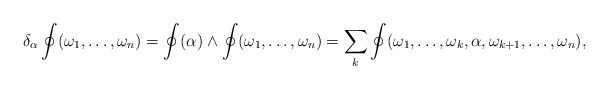
\begin{align*}\delta_\alpha\oint(\omega_1,\ldots,\omega_n) = \oint(\alpha)\wedge\oint(\omega_1,\ldots,\omega_n) = \sum_k\oint(\omega_1,\ldots,\omega_k,\alpha,\omega_{k+1},\ldots,\omega_n),\end{align*}